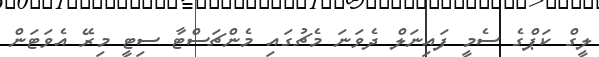
ލީގް ކަޕްގެ ސެމީ ފައިނަލް ދެވަނަ މެޗުގައި މެންޗަސްޓާ ސިޓީ މިރޭ އެވަޓަން